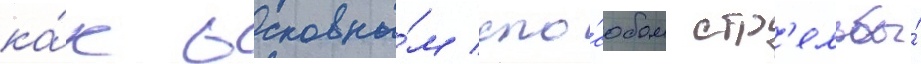
ка́к основны́м спо́собом стр'ельбы́